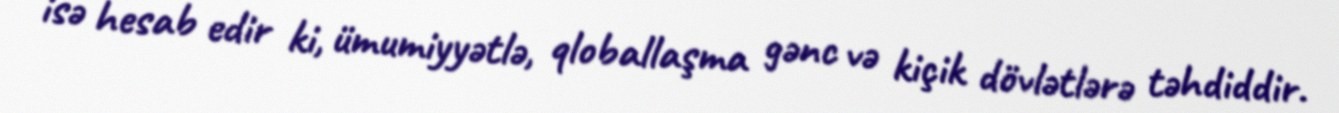
isə hesab edir ki, ümumiyyətlə, qloballaşma gənc və kiçik dövlətlərə təhdiddir.